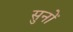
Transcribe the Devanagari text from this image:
सुनों